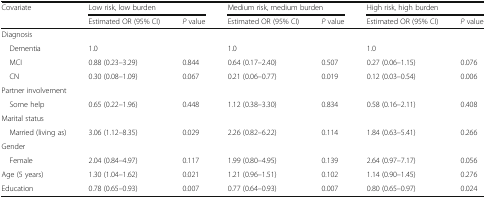
<table><thead><tr><td rowspan="2"><b>Covariate</b></td><td colspan="2"><b>Low risk, low burden</b></td><td colspan="2"><b>Medium risk, medium burden</b></td><td colspan="2"><b>High risk, high burden</b></td></tr><tr><td><b>Estimated OR (95% CI)</b></td><td><b><i>P</i> value</b></td><td><b>Estimated OR (95% CI)</b></td><td><b><i>P</i> value</b></td><td><b>Estimated OR (95% CI)</b></td><td><b><i>P</i> value</b></td></tr></thead><tbody><tr><td colspan="7">Diagnosis</td></tr><tr><td> Dementia</td><td>1.0</td><td></td><td>1.0</td><td></td><td>1.0</td><td></td></tr><tr><td> MCI</td><td>0.88 (0.23–3.29)</td><td>0.844</td><td>0.64 (0.17–2.40)</td><td>0.507</td><td>0.27 (0.06–1.15)</td><td>0.076</td></tr><tr><td> CN</td><td>0.30 (0.08–1.09)</td><td>0.067</td><td>0.21 (0.06–0.77)</td><td>0.019</td><td>0.12 (0.03–0.54)</td><td>0.006</td></tr><tr><td colspan="7">Partner involvement</td></tr><tr><td> Some help</td><td>0.65 (0.22–1.96)</td><td>0.448</td><td>1.12 (0.38–3.30)</td><td>0.834</td><td>0.58 (0.16–2.11)</td><td>0.408</td></tr><tr><td colspan="7">Marital status</td></tr><tr><td> Married (living as)</td><td>3.06 (1.12–8.35)</td><td>0.029</td><td>2.26 (0.82–6.22)</td><td>0.114</td><td>1.84 (0.63–5.41)</td><td>0.266</td></tr><tr><td colspan="7">Gender</td></tr><tr><td> Female</td><td>2.04 (0.84–4.97)</td><td>0.117</td><td>1.99 (0.80–4.95)</td><td>0.139</td><td>2.64 (0.97–7.17)</td><td>0.056</td></tr><tr><td>Age (5 years)</td><td>1.30 (1.04–1.62)</td><td>0.021</td><td>1.21 (0.96–1.51)</td><td>0.102</td><td>1.14 (0.90–1.45)</td><td>0.276</td></tr><tr><td>Education</td><td>0.78 (0.65–0.93)</td><td>0.007</td><td>0.77 (0.64–0.93)</td><td>0.007</td><td>0.80 (0.65–0.97)</td><td>0.024</td></tr></tbody></table>